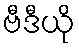
ဗီဒီယို